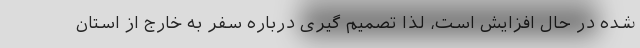
شده در حال افزایش است، لذا تصمیم گیری درباره سفر به خارج از استان